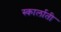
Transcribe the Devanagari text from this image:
स्कार्लाती